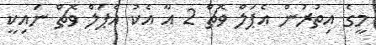
މީގެ އިތުރުން އެޕަލް ވޮޗް 2 އާ އެކު އެޕަލް ވޮޗް ނައިކީ